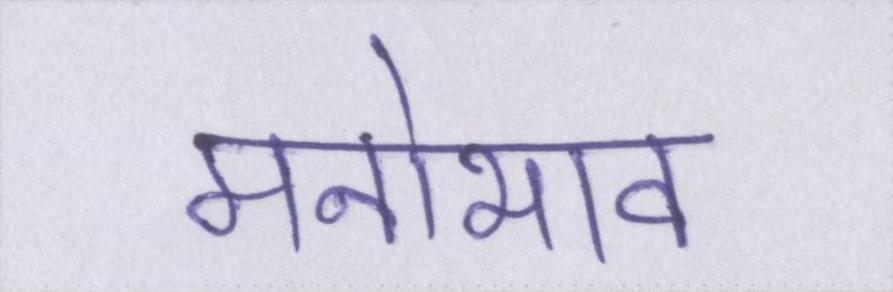
मनोभाव